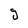
Character: g